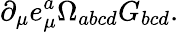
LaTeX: \partial_{\mu}e_{\mu}^{a}\Omega_{abcd}G_{bcd}.